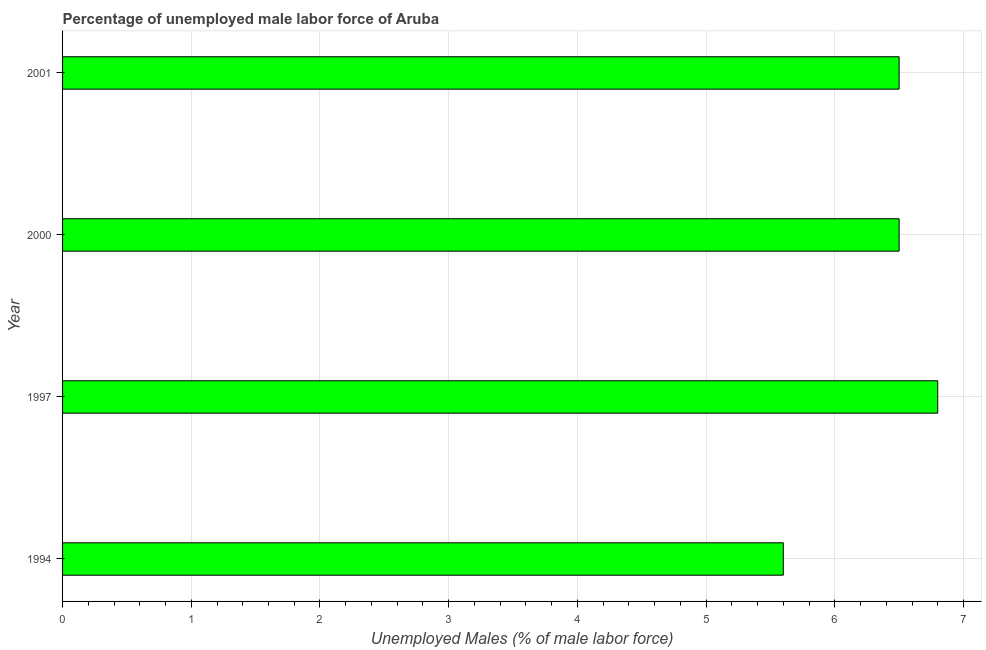
| Year | Unemployment male |
 | --- | --- |
 | 1994 | 5.6 |
 | 1997 | 6.8 |
 | 2000 | 6.5 |
 | 2001 | 6.5 |